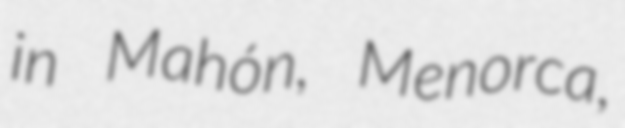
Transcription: in Mahón, Menorca,